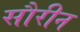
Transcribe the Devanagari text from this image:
सौरीन